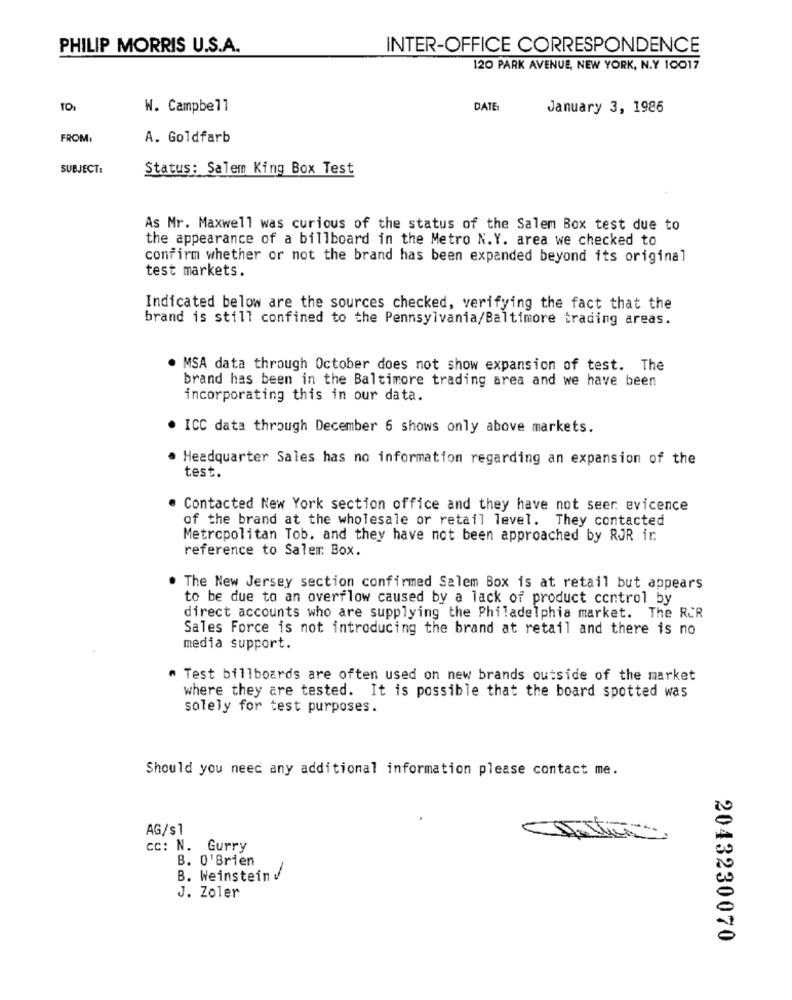
PHILIP MORRIS U.S.A.
INTER-OFFICE CORRESPONDENCE
120 PARK AVENUE, NEW YORK, N.Y 10017
TO1
W. Campbell
DATE:
January 3, 1986
FROM:
A. Goldfarb
SUBJECT:
Status: Salem King Box Test
As Mr. Maxwell was curious of the status of the Salem Box test due to
the appearance of a billboard in the Metro N.Y. area we checked to
confirm whether or not the brand has been expanded beyond its original
test markets.
Indicated below are the sources checked, verifying the fact that the
brand is still confined to the Pennsylvania/Baltimore trading areas.
MSA data through October does not show expansion of test. The
brand has been in the Baltimore trading area and we have been
incorporating this in our data.
ICC data through December 6 shows only above markets.
Headquarter Sales has no information regarding an expansion of the
test.
. Contacted New York section office and they have not seer evicence
of the brand at the wholesale or retail level. They contacted
Metropolitan Tob. and they have not been approached by RJR ir.
reference to Salem Box.
The New Jersey section confirmed Salem Box is at retail but appears
to be due to an overflow caused by a lack of product control by
direct accounts who are supplying the Philadelphia market. The RUR
Sales Force is not introducing the brand at retail and there is no
media support.
" Test billboards are often used on new brands outside of the market
where they are tested. It is possible that the board spotted was
solely for test purposes.
Should you need any additional information please contact me.
AG/$1
cc: N. Gurry
B. O'Brien
B. Weinstein !
J. Zoler
2043230070